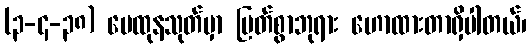
(၃-၄-၃၈) မေထုနသုတ်မှာ မြတ်စွာဘုရား ဟောထားတာရှိပါတယ်၊